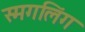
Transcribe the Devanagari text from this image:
स्मगलिंग